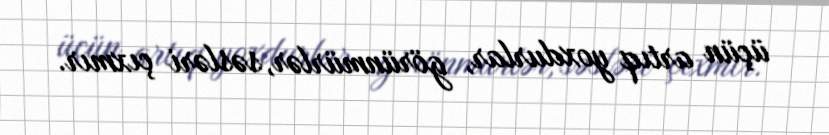
üçün artıq yoxdurlar, görünmürlər, səsləri çıxmır.